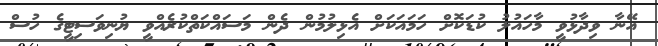
އޭނާ ވިދާޅުވީ މާހައުލު ކުޑަކޮށް ހަމައަކަށް އެޅިލުމުން ދެން މަސައްކަތްކުރެއްވީ ޔުނިވަސިޓީގެ ހުސް